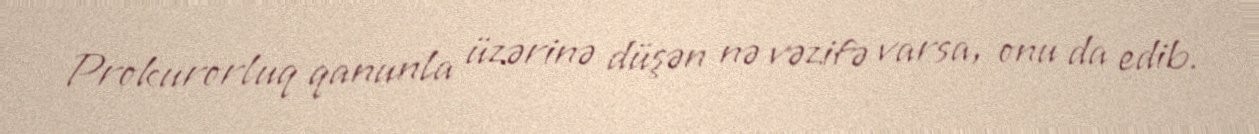
Prokurorluq qanunla üzərinə düşən nə vəzifə varsa, onu da edib.